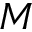
M